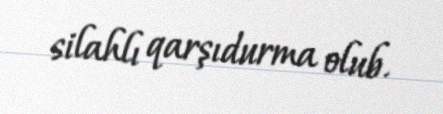
silahlı qarşıdurma olub.